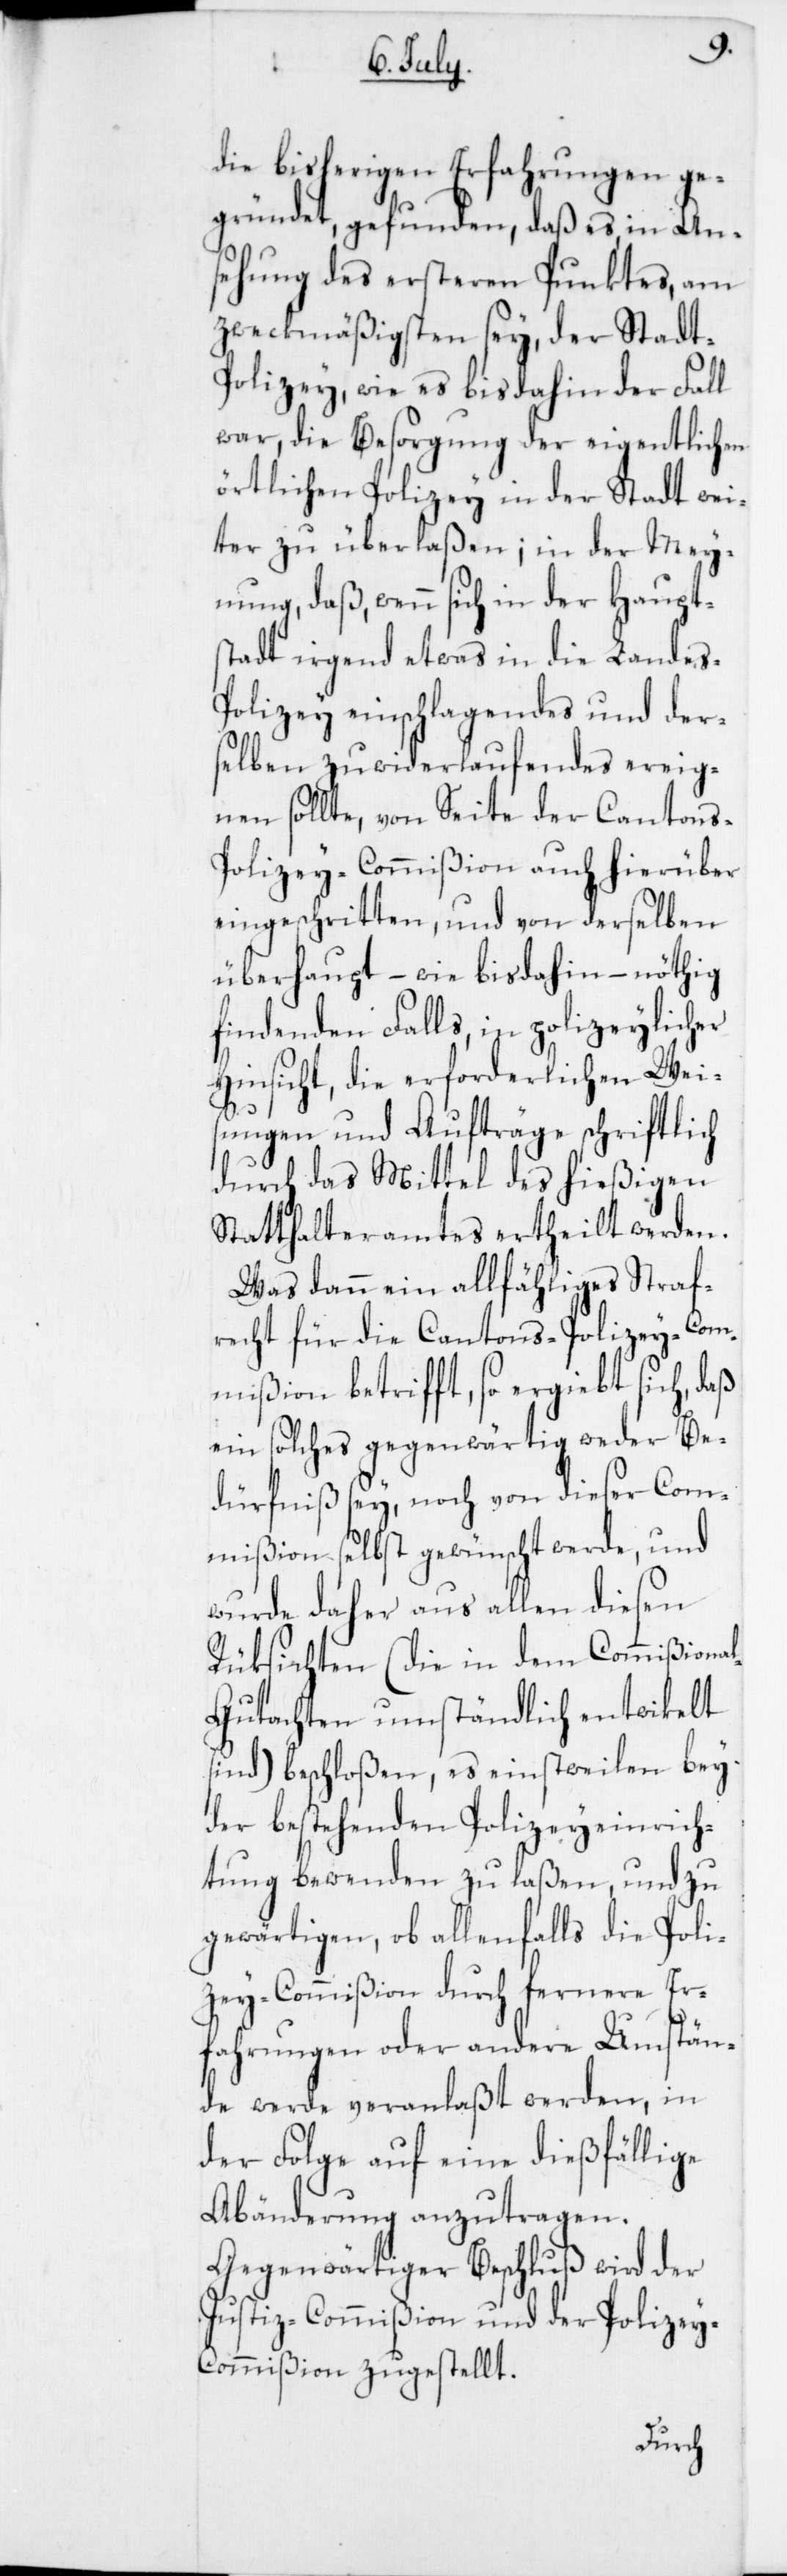
s-P¬
die bisherigen Erfahrungen ge¬
gründet, gefunden, daß es, in An¬
sehung des ersteren Punktes, am
zweckmäßigsten sey, der Stadt-P¬
olizey, wie es bis dahin der Fall
war, die Besorgung der eigentlichen
örtlichen Polizey in der Stadt wei¬
ter zu überlaßen; in der Mey¬
nung, daß, wenn sich in der Haupt¬
stadt irgend etwas in die Landes-P¬
olizey einschlagendes und der¬
selben zuwiderlaufendes ereig¬
nen sollte, von Seite der Canton¬
olizey-Commißion auch hierüber
eingeschritten, und von derselben
überhaupt, – wie bis dahin, – nöthig
findenden Falls, in polizeylicher
Hinsicht, die erforderlichen Wei¬
sungen und Aufträge schriftlich
durch das Mittel des hießigen
Statthalteramtes ertheilt werden.
Was dann ein allfähliges Straf¬
recht für die Cantons-Polizey-Com¬
mißion betrifft, so ergibt sich, daß
ein solches gegenwärtig weder Be¬
dürfniß sey, noch von dieser Com¬
mißion selbst gewünscht werde, und
wurde daher aus allen diesen
Rücksichten (die in dem Commißiona¬
l-Gutachten umständlich entwikelt
sind) beschloßen, es einstweilen bey
der bestehenden Polizeyeinrich¬
tung bewenden zu laßen, und zu
gewärtigen, ob allenfalls die Poli¬
zey-Commißion durch fernere Er¬
fahrungen oder andere Umstän¬
de werde veranlaßt werden, in
der Folge auf eine dießfällige
Abänderung anzutragen.
Gegenwärtiger Beschluß wird der
Justiz-Commißion und der Polize¬
y-Commißion zugestellt.